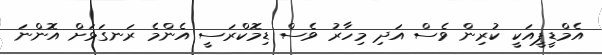
އެމްޑީޕީއަކީ ކުރިން ވެސް އަދި މިހާރު ވެސް ޑިމޮކްރަސީ އެންމެ ރަނގަޅަށް އޮންނަ